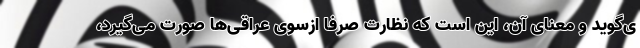
ی‌گوید و معنای آن، این است که نظارت صرفا ازسوی عراقی‌ها صورت می‌گیرد،